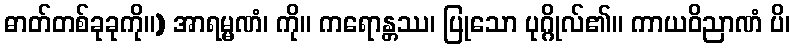
ဓာတ်တစ်ခုခုကို။) အာရမ္မဏံ၊ ကို။ ကရောန္တဿ၊ ပြုသော ပုဂ္ဂိုလ်၏။ ကာယဝိညာဏံ ပိ၊